Taavet_Bergmanni_abiraha_sihtasutus, lk 23
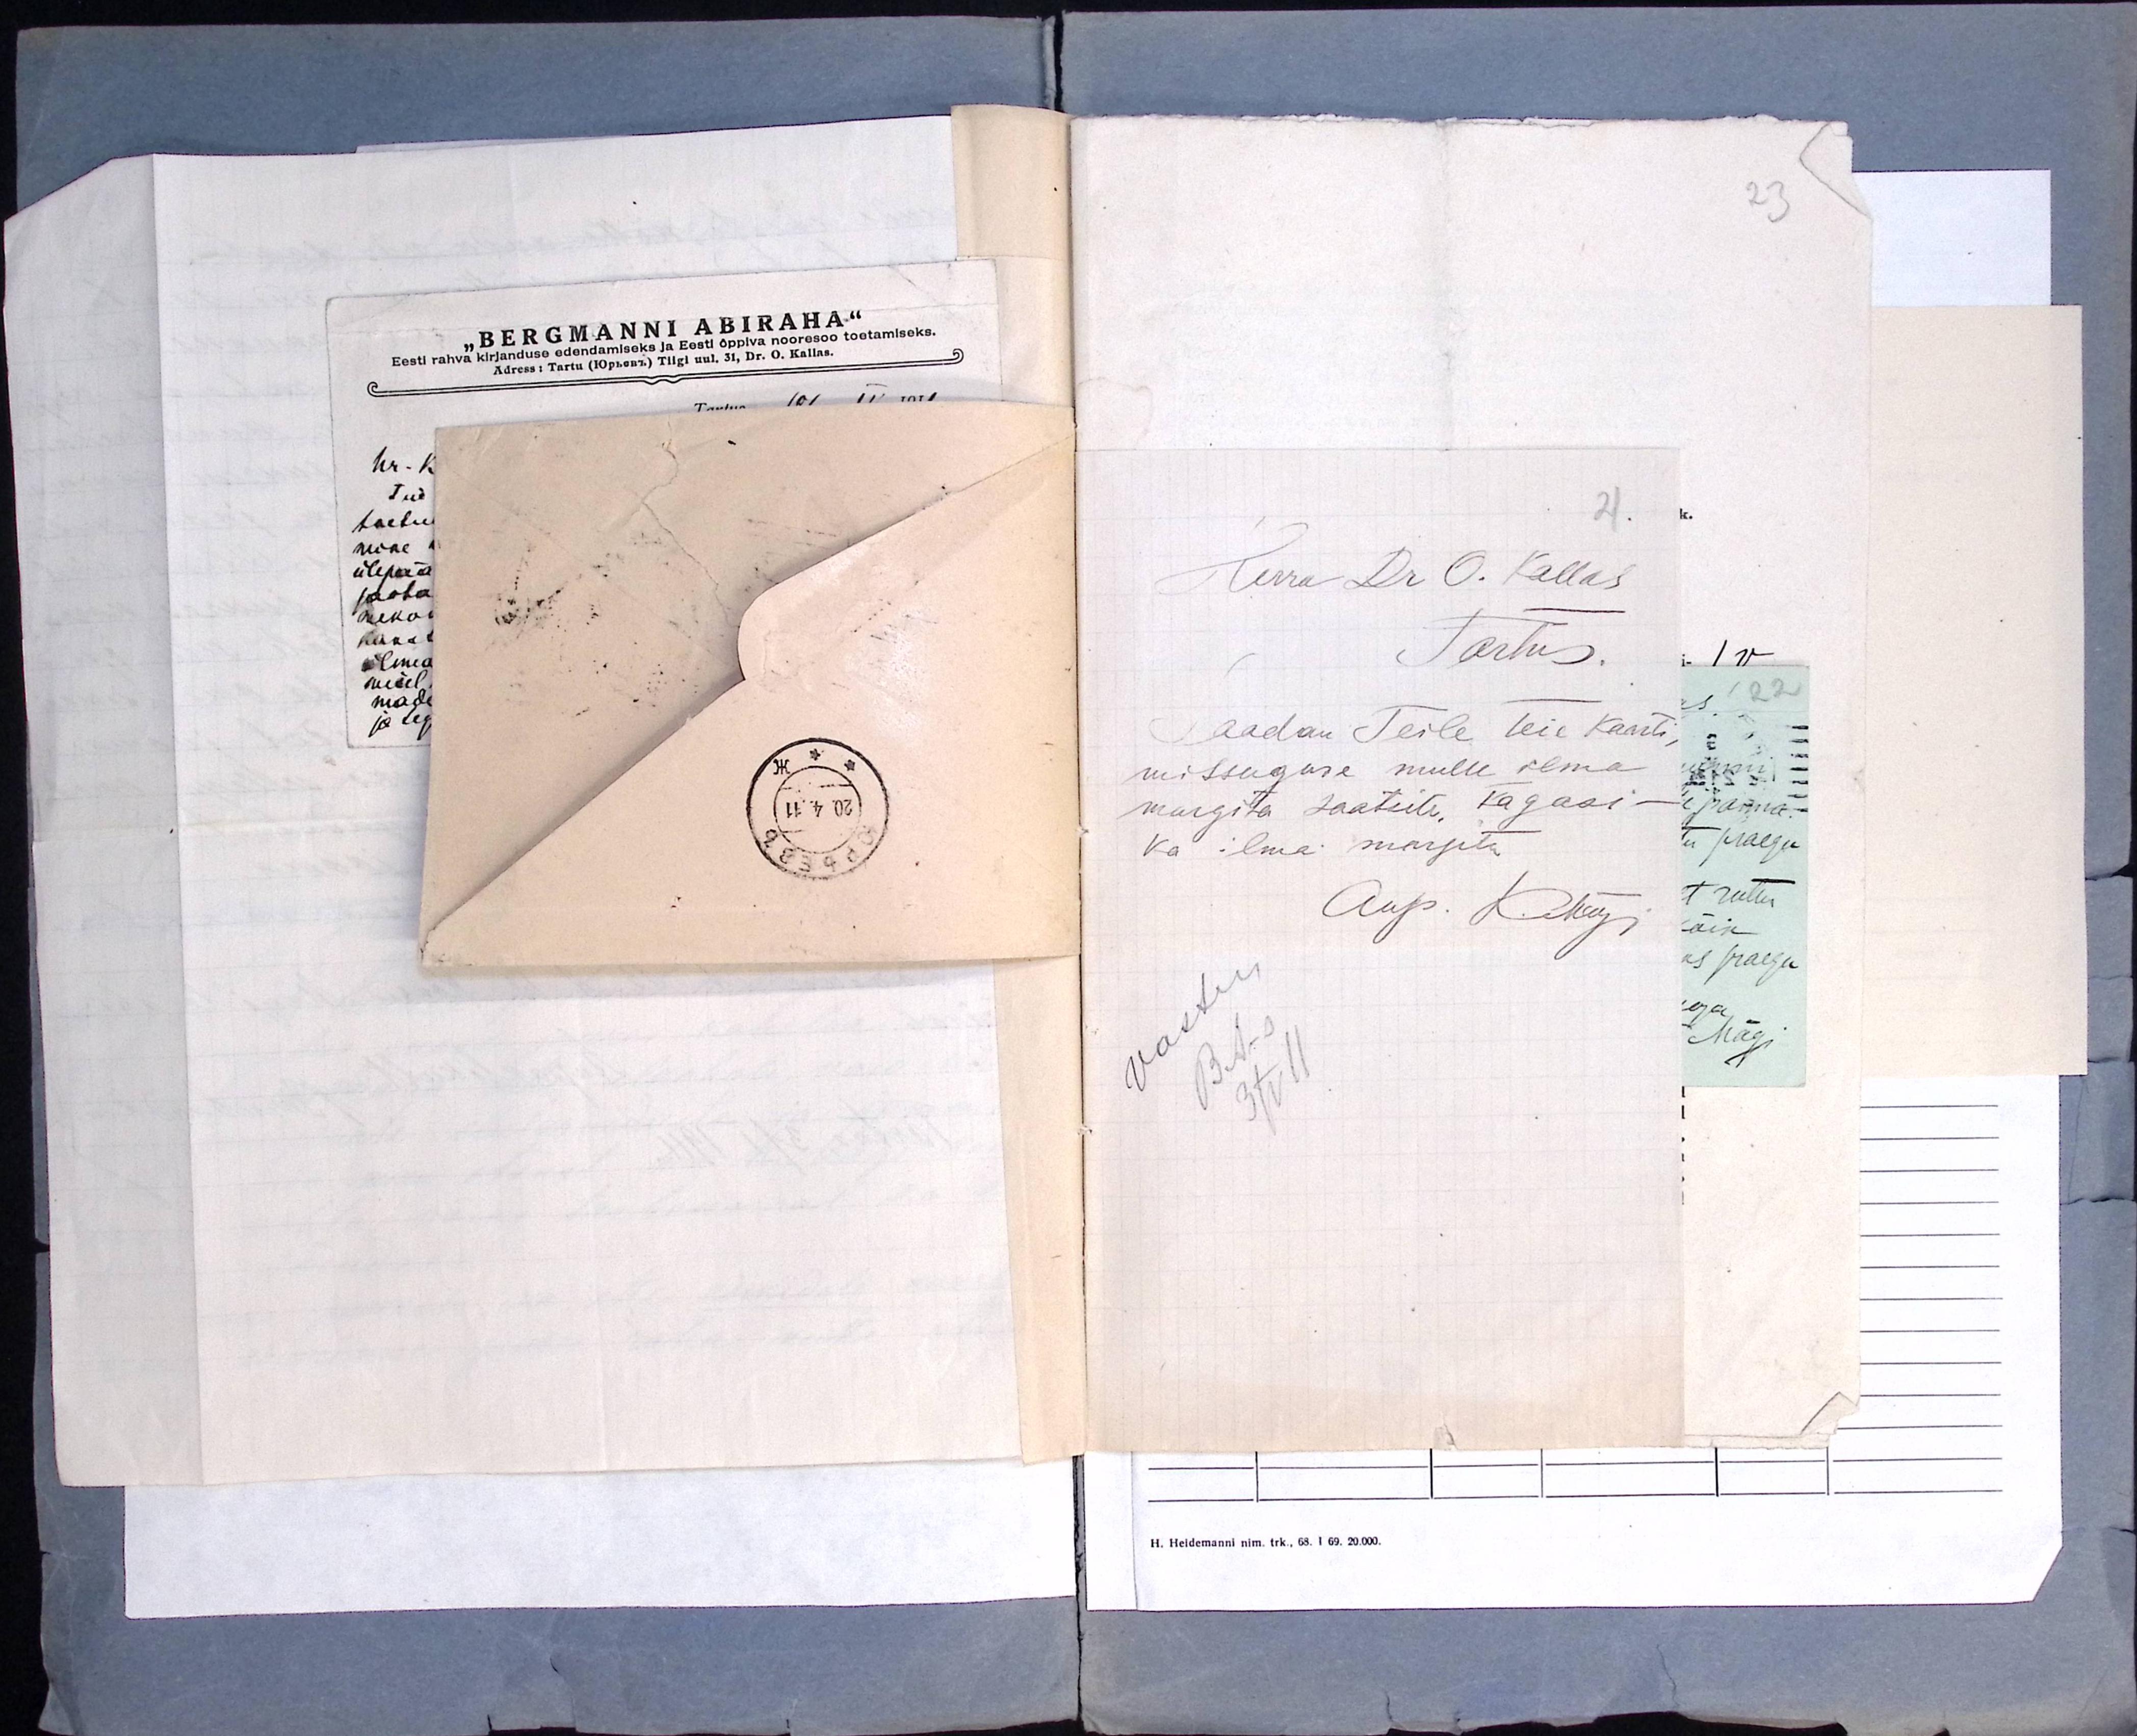
21.
Herra Dr O. Kallas
Tartus.
Saadan Teile Teie kaarti,
missuguse mulle ilma
margita saatsite, tagasi -
ka ilma margita.
Aup. K.Mägi
Vastus
BA-s
3/V11